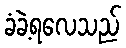
ခံခဲ့ရလေသည်